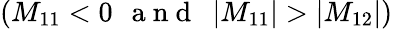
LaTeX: (M_{11}<0\, ~\mathrm{~a~n~d~~~}|M_{11}|>|M_{12}|)